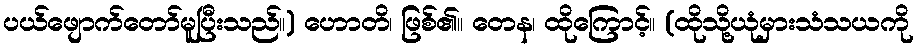
ပယ်ဖျောက်တော်မူပြီးသည်။) ဟောတိ၊ ဖြစ်၏။ တေန၊ ထိုကြောင့်။ (ထိုသို့ယုံမှားသံသယကို